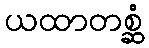
ယထာတစ္ဆံ